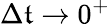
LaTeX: \Delta{\mathfrak{t}}\to0^{+}